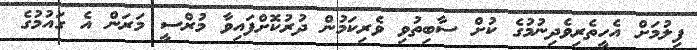
ފިލުމަށް އެހީތެރިވެދިނުމުގެ ކުށް ސާބިތުވި ވެރިކަމުން ދުރުކޮށްފައިވާ މުރްސީ މަރަން އެ ގައުމުގެ